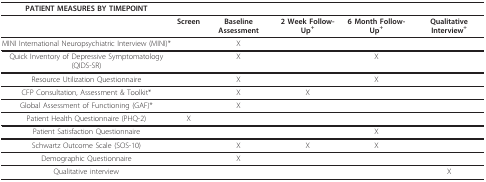
<table><thead><tr><td><b>PATIENT MEASURES BY TIMEPOINT</b></td><td></td><td></td><td></td><td></td><td></td></tr></thead><tbody><tr><td></td><td><b>Screen</b></td><td><b>Baseline Assessment</b></td><td><b>2 Week Follow-Up<sup>+</sup></b></td><td><b>6 Month Follow-Up<sup>+</sup></b></td><td><b>Qualitative Interview<sup>+</sup></b></td></tr><tr><td>MINI International Neuropsychiatric Interview (MINI)*</td><td></td><td>X</td><td></td><td></td><td></td></tr><tr><td>Quick Inventory of Depressive Symptomatology (QIDS-SR)</td><td></td><td>X</td><td></td><td>X</td><td></td></tr><tr><td>Resource Utilization Questionnaire</td><td></td><td>X</td><td></td><td>X</td><td></td></tr><tr><td>CFP Consultation, Assessment &amp; Toolkit*</td><td></td><td>X</td><td>X</td><td></td><td></td></tr><tr><td>Global Assessment of Functioning (GAF)*</td><td></td><td>X</td><td></td><td></td><td></td></tr><tr><td>Patient Health Questionnaire (PHQ-2)</td><td>X</td><td></td><td></td><td></td><td></td></tr><tr><td>Patient Satisfaction Questionnaire</td><td></td><td></td><td></td><td>X</td><td></td></tr><tr><td>Schwartz Outcome Scale (SOS-10)</td><td></td><td>X</td><td>X</td><td>X</td><td></td></tr><tr><td>Demographic Questionnaire</td><td></td><td>X</td><td></td><td></td><td></td></tr><tr><td>Qualitative interview</td><td></td><td></td><td></td><td></td><td>X</td></tr></tbody></table>